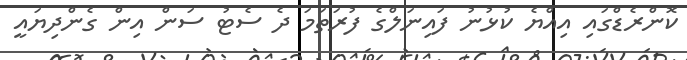
ކޮންރެޑްގައި އިއްޔެ ކުޅުނު ފައިނަލްގެ ފުރަތަމަ ދެ ސެޓު ސަން އިން ގެންދިޔައީ